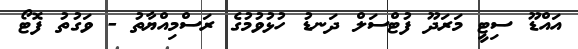
އައްޑޫ ސިޓީ މަރަދޫ ފުޓްސަލް ދަނޑު ހުޅުވުމުގެ ރަސްމިއްޔާތު - ވަގުތު ފޮޓޯ